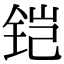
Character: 铠